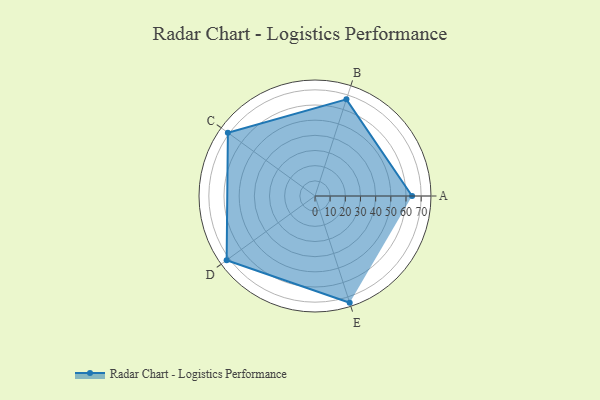
{"axis": {"x": "Skill", "y": "Score"}, "legend": ["Profile"], "data": [{"x": "A", "y": 64.0, "type": "Profile"}, {"x": "B", "y": 67.0, "type": "Profile"}, {"x": "C", "y": 71.0, "type": "Profile"}, {"x": "D", "y": 72.0, "type": "Profile"}, {"x": "E", "y": 74.0, "type": "Profile"}]}